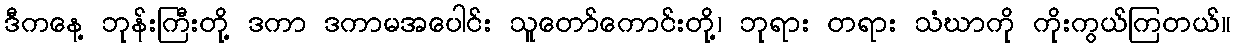
ဒီကနေ့ ဘုန်းကြီးတို့ ဒကာ ဒကာမအပေါင်း သူတော်ကောင်းတို့၊ ဘုရား တရား သံဃာကို ကိုးကွယ်ကြတယ်။